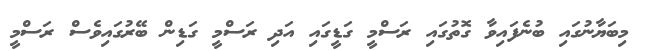
މިބަޔާނުގައި ބުނެފައިވާ ގޮތުގައި ރަސްމީ ގަޑީގައި އަދި ރަސްމީ ގަޑިން ބޭރުގައިވެސް ރަސްމީ